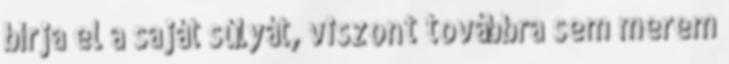
bírja el a saját súlyát, viszont továbbra sem merem